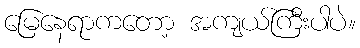
မြေနေရာကတော့ အကျယ်ကြီးပါပဲ။